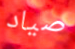
صياد